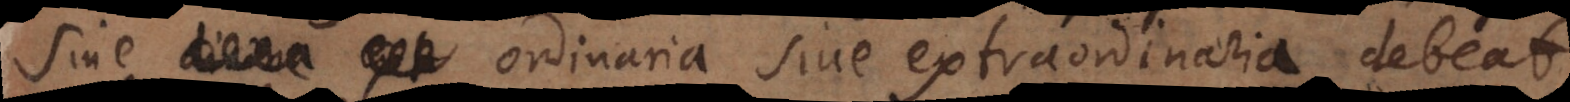
sive ordinaria sive extraordinaria debeat